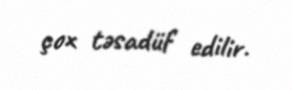
çox təsadüf edilir.